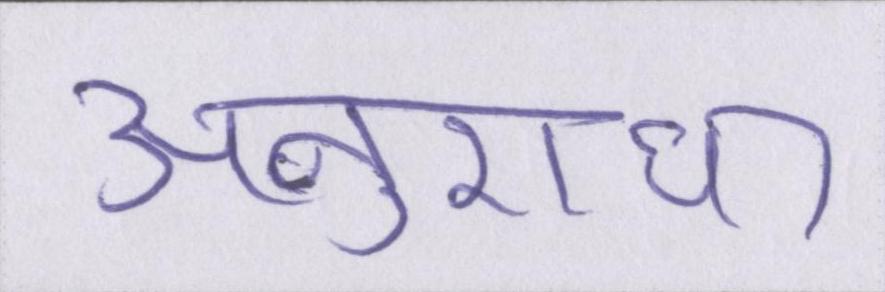
अनुराधा